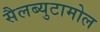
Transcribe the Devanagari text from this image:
सैलब्युटामोल